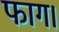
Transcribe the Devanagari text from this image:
फाग।